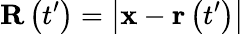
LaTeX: \mathbf{R}\left(t^{\prime}\right)=\left|\mathbf{x}-\mathbf{r}\left(t^{\prime}\right)\right|